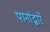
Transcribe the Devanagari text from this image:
पानांद्वारे